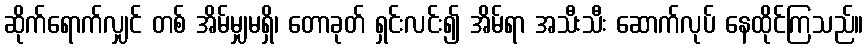
ဆိုက်ရောက်လျှင် တစ် အိမ်မျှမရှိ၊ တောခုတ် ရှင်းလင်း၍ အိမ်ရာ အသီးသီး ဆောက်လုပ် နေထိုင်ကြသည်။